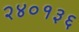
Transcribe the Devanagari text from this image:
२४०१३६